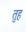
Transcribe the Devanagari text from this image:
तुह